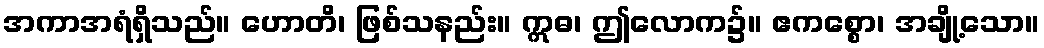
အကာအရံရှိသည်။ ဟောတိ၊ ဖြစ်သနည်း။ ဣဓ၊ ဤလောက၌။ ဧကစ္စော၊ အချို့သော။